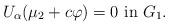
LaTeX: \begin{align*}U_\alpha(\mu_2+c\varphi)=0 \mbox{ in }G_{1}.\end{align*}